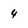
Character: 4